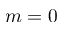
m = 0